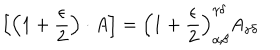
LaTeX: \left[ \left( 1 + \frac { \epsilon } { 2 } \right) \cdot A \right] = \left( 1 + \frac { \epsilon } { 2 } \right) _ { \alpha \beta } ^ { \gamma \delta } A _ { \gamma \delta }